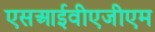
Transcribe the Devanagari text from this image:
एसआईवीएजीएम